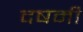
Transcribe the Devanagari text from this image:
दषमी